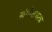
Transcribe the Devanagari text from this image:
संगीतघरच